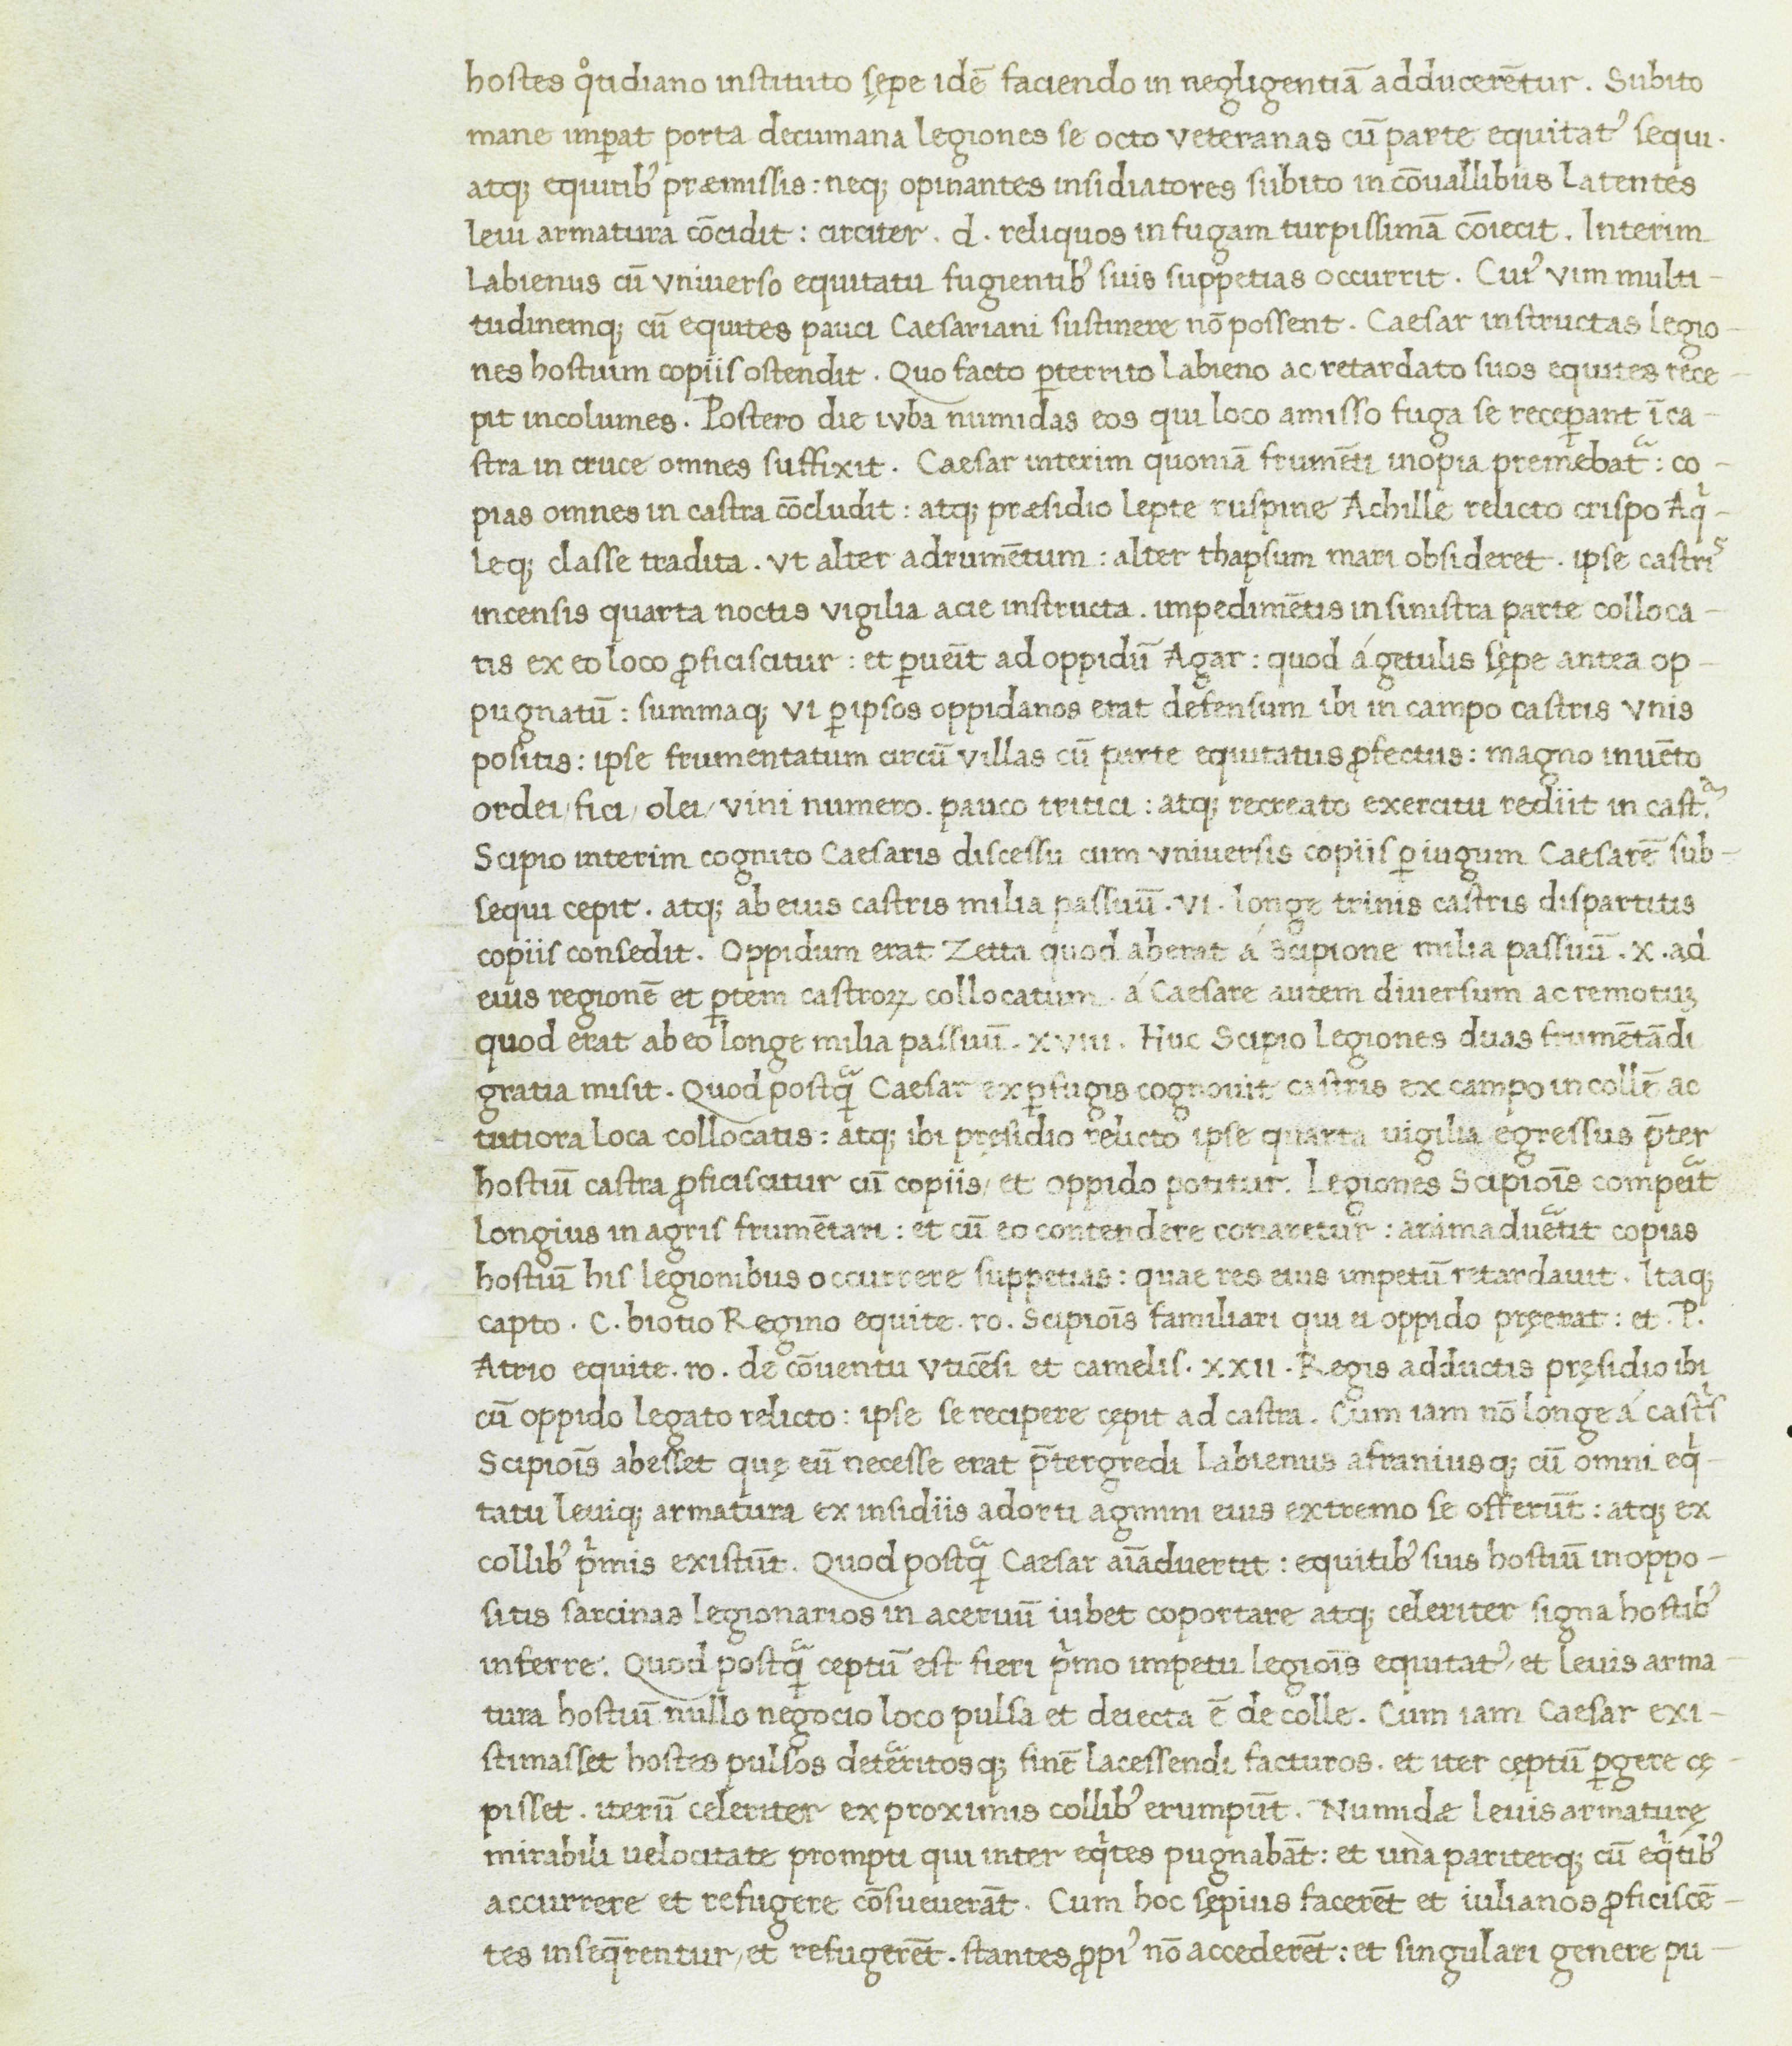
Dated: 1400–1499